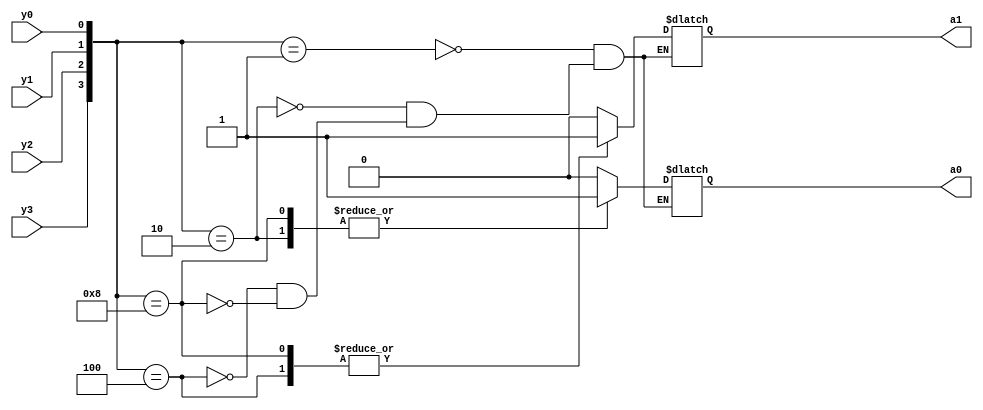
module encoder4to2_beh(y3,y2,y1,y0,a1,a0);
  input y3,y2,y1,y0;
  output a1,a0;
  always@*
  case({y3,y2,y1,y0})
  4'b0001:begin a1=1'b0; a0=1'b0; end
  4'b0010:begin a1=1'b0; a0=1'b1; end
  4'b0100:begin a1=1'b1; a0=1'b0; end
  4'b1000:begin a1=1'b1; a0=1'b1; end
  endcase
endmodule